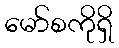
မော်စကိုရှိ